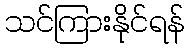
သင်ကြားနိုင်ရန်